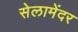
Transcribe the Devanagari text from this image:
सेलामेंदर